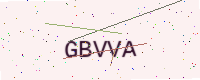
Text: GBVVA